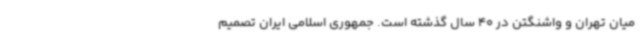
میان تهران و واشنگتن در 40 سال گذشته است. جمهوری اسلامی ایران تصمیم